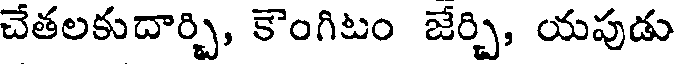
చేతలకుదార్చి, కెంగిటం జేర్చి, యపుడు